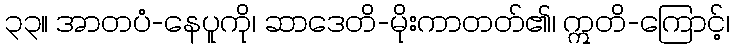
၃၃။ အာတပံ-နေပူကို၊ ဆာဒေတိ-မိုးကာတတ်၏၊ ဣတိ-ကြောင့်၊